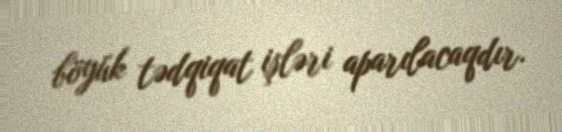
böyük tədqiqat işləri aparılacaqdır.